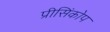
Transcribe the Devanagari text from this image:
प्रीसिंकोप